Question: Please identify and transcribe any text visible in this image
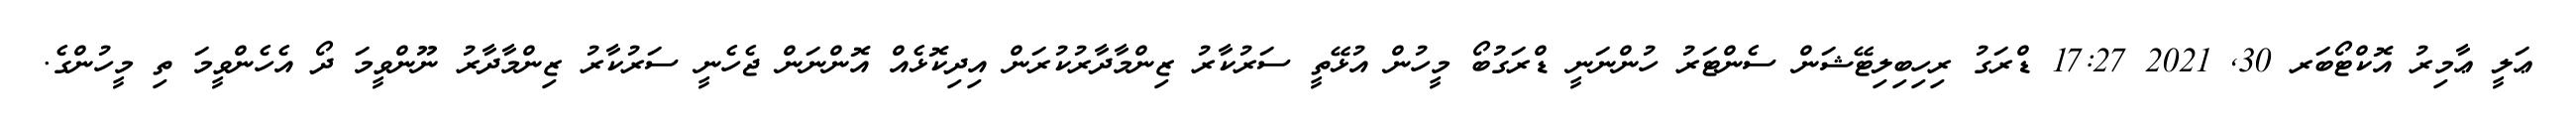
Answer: ޢަލީ ޢާމިރު އޮކްޓޯބަރ 30, 2021 17:27 ޑްރަގު ރިހިބިލިޓޭޝަން ސެންޓަރު ހުންނަނީ ޑްރަގުބޯ މީހުން އުޅޭތީ ސަރުކާރު ޒިންމާދާރުކުރަން އިދިކޮޅެއް އޮންނަން ޖެހެނީ ސަރުކާރު ޒިންމާދާރު ނޫންވީމަ ދޯ އެހެންވީމަ ތި މީހުންގެ.